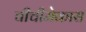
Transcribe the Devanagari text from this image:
चीचीमेकास